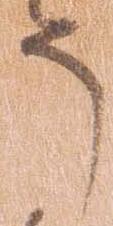
う